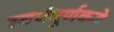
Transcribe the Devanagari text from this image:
स्वयंपूर्णकडे